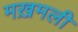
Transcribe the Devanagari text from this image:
मख़मली